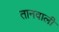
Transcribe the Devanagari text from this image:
तानवाली